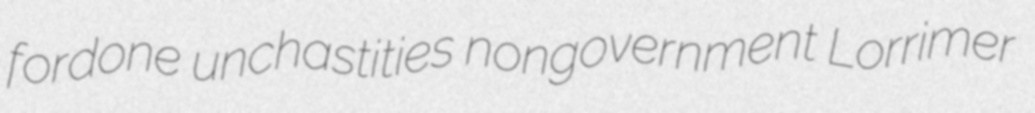
fordone unchastities nongovernment Lorrimer